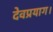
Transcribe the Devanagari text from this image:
देवप्रयाग।